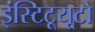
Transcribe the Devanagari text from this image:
इंस्टिटूयूटो